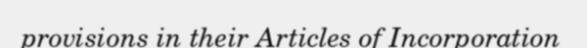
provisions in their Articles of Incorporation